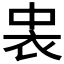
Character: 𮕪